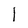
Character: 1